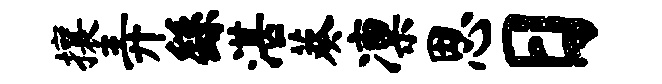
攘弄繇湛葵凛思日